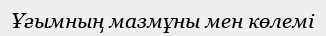
Ұғымның мазмұны мен көлемі